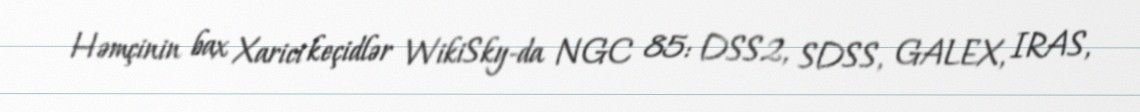
Həmçinin bax Xarici keçidlər WikiSky-da NGC 85: DSS2, SDSS, GALEX, IRAS,